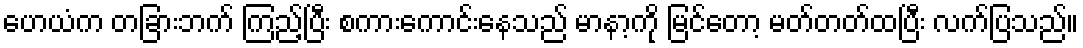
ဟေယံက တခြားဘက် ကြည့်ပြီး စကားကောင်းနေသည် မာနာ့ကို မြင်တော့ မတ်တတ်ထပြီး လက်ပြသည်။